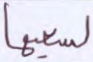
لسعيها